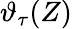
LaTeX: \vartheta_{\tau}(Z)